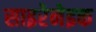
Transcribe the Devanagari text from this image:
साइरेनेइक